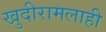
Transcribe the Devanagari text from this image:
खुदीरामलाही